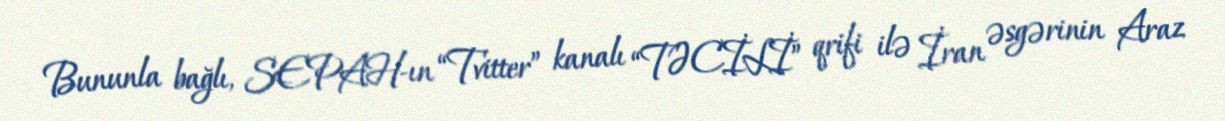
Bununla bağlı, SEPAH-ın “Tvitter” kanalı “TƏCİLİ” qrifi ilə İran əsgərinin Araz